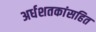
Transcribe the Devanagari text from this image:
अर्धशतकांसहित